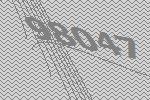
98047